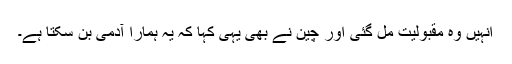
انہیں وہ مقبولیت مل گئی اور چین نے بھی یہی کہا کہ یہ ہمارا آدمی بن سکتا ہے۔